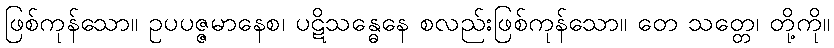
ဖြစ်ကုန်သော။ ဥပပဇ္ဇမာနေစ၊ ပဋိသန္ဓေနေ စလည်းဖြစ်ကုန်သော။ တေ သတ္တေ၊ တို့ကို။